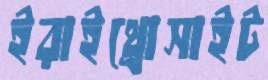
ইরাইথ্রোসাইট